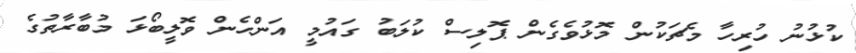
ކުޅުނު ހުރިހާ މެޗަކުން މޮޅުވެގެން ޕޮލިސް ކުލަބު ގައުމީ އަންހެން ވޮލީބޯޅަ މުބާރާތުގެ